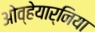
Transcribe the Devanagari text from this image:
ओव्हेयार्निया